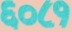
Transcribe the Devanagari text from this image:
६०८१